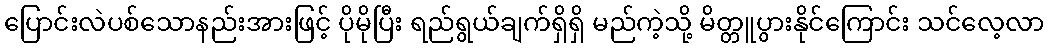
ပြောင်းလဲပစ်သောနည်းအားဖြင့် ပိုမိုပြီး ရည်ရွယ်ချက်ရှိရှိ မည်ကဲ့သို့ မိတ္တူပွားနိုင်ကြောင်း သင်လေ့လာ